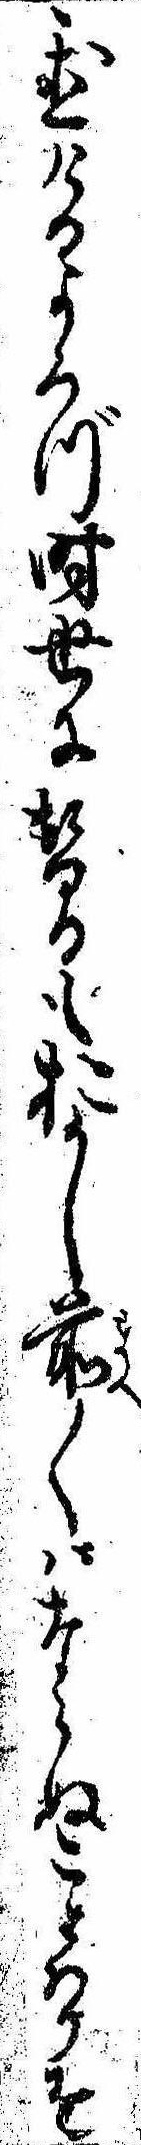
置けるよろづ時世に替るもおかし前〱はならぬことはりを